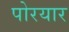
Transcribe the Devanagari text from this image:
पोरयार